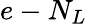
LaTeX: e-N_{L}